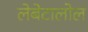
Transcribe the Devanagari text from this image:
लेबेटालोल